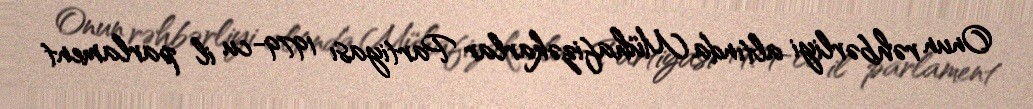
Onun rəhbərliyi altında Mühafizəkarlar Partiyası 1979-cu il parlament